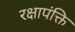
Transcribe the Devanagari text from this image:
रक्षापंक्ति